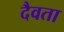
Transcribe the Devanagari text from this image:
दैवता